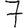
Digit: 7